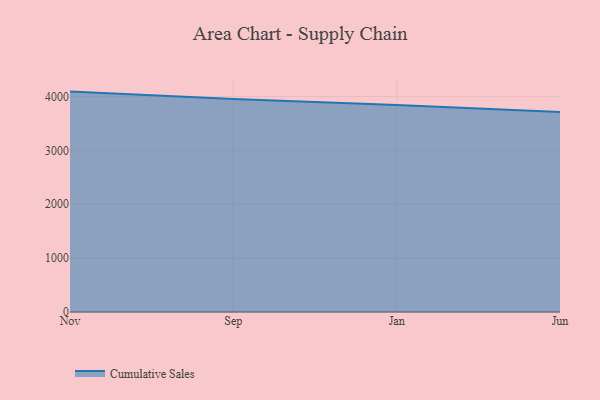
{"axis": {"x": "Month", "y": "Tickets Resolved"}, "legend": ["Cumulative Sales"], "data": [{"x": "Nov", "y": 4091.3, "type": "Cumulative Sales"}, {"x": "Sep", "y": 3952.0, "type": "Cumulative Sales"}, {"x": "Jan", "y": 3840.5, "type": "Cumulative Sales"}, {"x": "Jun", "y": 3710.5, "type": "Cumulative Sales"}]}